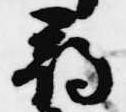
尋